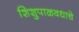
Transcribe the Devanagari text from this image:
शिशुपाळवधाचे